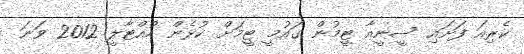
ކެރިއަ ފަށައި ސީނީއާ ޓީމުން ގައުމީ ޓީމަށް ކުޅެން ހުއްޓާލީ 2012 ވަނަ